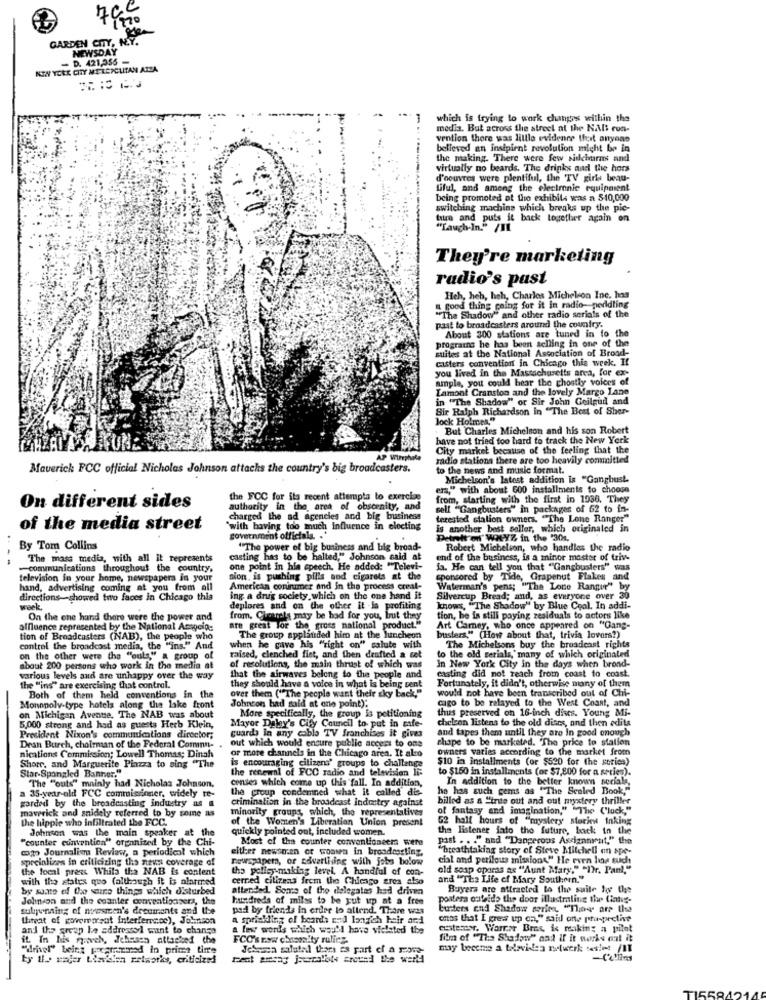
GARDEN CITY, N.Y.
NEWSDAY
- D. 421,356 -
NEW YORK CITY MERCICLITAN ALLA
-
which is trying to work changes within the
media. But across the street at the NAlt ros-
vention there was lillle evidence tfoot anyone
believed an insipient revolution might be in
the making. There were few sideburns and
virtually no beards. The drinks and the hors
d'oeuvres were plentiful, the TV girls beau-
tiful, and among the electronic equipment
being promoted ot the exhibits was a $10,000
switching machins which breaks up the pie-
tuire and puts it back together again on
"Lauch-In." /IL
They're marketing
radio's pust
Heh, heh, heh, Charles Michelson Inc. has
a good thing going for it in radio-perldling
"The Shadow" and other radio serials of the
past to broadcasters around the country.
prograins he has been aching in one of the
About 300 stations are tuned in to the
suites at the National Association of Brood-
casters convention in Chicago this week. If
you lived in the Massachusetts area, for ex-
ample, you could hear the ghostly voices of
Lamont Cranston and the lovely Margo Lane
in "The Shadow" or Sir John Geilgud and
Bir Ralph Richardson in "The Best of Sher-
lock Holmes."
But Charles Michelson and his son Robert
have not fried too hard to track the New York
City market because of the feeling that the
AP Wiephile
radio stations there are too heavily committed
Maverick FCC official Nicholas Johnson attachs the country's big broadcasters.
to the news and music format.
Michelson's latest addition is "Ganghust.
ers," with about 600 installments to choose
the FCC for its recent attempts to exercise
from, starting with the first in 1936. They
On different sides
authority in the area of obscenity, and
self "Gangbusters" in packages of 62 to in-
charged the ad agencies and big business
terested stalion owners. "The Lone Ranger"
of the media street
"with having too much influence in electing
is another best seller, which originaled in
..
government officials. . '
Detrott mi" WHYZ in the '301.
By Tom Collins
"The power of big business and big broad-
Robert Michelion, who handles the radio
--
The mass media, with all it represents
casting has to be halted." Johnson said af
end of the business, is a minor master of triv-
-communications throughout the country,
one point in his speech. He added: "Televi-
Ja. He can tell you that "Gangbusters" was
television in your home, newspapers in your
sion, is pushing pills and cigarets at the
sponsored by Tide, Grapenut Flakes and
hand, advertising coming at you from all
American coninumer and in the process creal-
Waterman's pens; "The Lone Ranger" by
directions-showed two faces in Chicago thia
ing a drug society which on the one hand it
Silvercup Bread; and, as everyone over 30
week,
deplores and on the other it -la profiting
knows, "The Shadow" by Blue Cool. In addi-
On the che hand there were the power and
from. Charela may be had for you, but they
tion, he is still paying residuals to actors like
affluence represented by the National Associa:
are great for the gross national product."
Art Camey, who once appeared on "Gang-
tion of Broadcasters (NAB), the people who
The group applauded him at the luncheon
busters." (How about that, trivia lovers?)
control the broadcast media, the "ins." And
when he gave his "right on" salute with
The Michelsons buy the broadcast rights
on the other were the "outs," a group of
raised, clenched fiet, and then drafted a cet
In New York City in the days when brond-
to the old serials,' many of which originated
about 200 persons who work in the media at
of resolutions, the main thrust of which was
casting did not reach from coast to coast.
various levels and are unhappy over the way
that the airwaves belong to the people and
the "ins" are exercising that control.
they should have a voice in what is being sent
over them ("The people want their sky back,"
Fortunately, it didn't, otherwise many of them
would not have been transcribed out of Chi-
Both of them held conventions in the
cago to be relayed to the West Coast, and
Monopoly-type hotels along the lake front
Johncon had said at one point):
thus preserved on 16-inch discs. Young Mi-
on Michigan Avenue, The NAB was about
More specifically, the group is petitioning
chelcon listens to the old dises, and then edits
5,000 strong and had as guests Herb Klein,
guarda in any cable TV franchises it gives
Mayor Daley's City Council to put in safe-
and tapes them until they are in good enough
President Nixon's communications dicector;
out which would encure public access to one
chape to be marketed. "The price to statien
Dean Burch, choirman of the Federal Comminn-
owners varies according to the market from
nications Commission; Lowell Thomas; Dinah
or more channels in the Chicago area. It also
is encouraging citizens' groups to challenge
$10 in installments (or $520 for the sories)
Shore, and Marguerite Piazza to sing "The
the renewal of FCC radio and television Ii:
to $150 in installinents (or $7,800 for a series).
Star-Spangled Banner."
The "outs" mainly had Nicholas Johnson
conses which come up this fall. In addition,
In addition to the better known serials.
the croup condemned what it called dis
he has such gems as "The Scaled Book,"
a 35-year-old FCC commissioner, widely re-
crimination in the broadcast industry against
billed as a "inte out and out mystery thriller
garded by the broadcasting industry as
maverick and snidely referred to by some as
minority groups, which, the representatives
of fantasy and imagination," "The ('luck,"
the hippie who infiltrated the FCC.
of the Women's Liberation Union present
half hours of "mystery storiew Inking
Johnson was the main speaker at the
quickly pointed out, included women.
the listener jato the future, back in the
"counter cumention" organized by the Chi-
Most of the counter conventioneers were
past . . . " and "Dangerous Assignment," the
cogo Journalism Review, a periodicol which
either newsnan or woown in broadcasting,
"breathtaking story of Steve Mitchell on spe-
specializes in criticizing the news coverage of
newspapers, or adverthing with jobs bolow
cial and perilous missions." He even line such
the local press While tha NAB is content
the policy making level. A handful of con-
old soap oparas as "Aunt Mary." "Dr. Paul."
with the states quo (although it is alarmed
cerred citizens frem the Chicago area also
and "The Life of Mary Southern."
by saate ef do seure things which disturbed
attended. Some of the delegates had driven
Buyers are attracted to the suite love the
Johnson and the coanter conventionsers, the
hundreds of milss to be yut up at a free
posters caleido the door illustrling the Ciatus-
sulpenaing of nvesten's deeumants and the
pad by friends in erder lo attend. There was
busters and Shadow series "They are the
threat of gowemarsat interferoc), Johnson
a sprinkling of boards el lanzich hair ard
chas that I gress up on," said one prospective
and the group ke addressol want to change
a few words which would have vielsted the
estemesr. Warner Bros, is making a pilot
it. In huis myporch, Jehusen attached the
FCC's row chassa!ty ruling.
film of "The Shadow" and if it works ent it
"drivel" being pecaremed in prime time
Jekesea salatal thors es part of a rene-
may become a talevidea retwerk sesiet /II
ty ul. vajer Llavielen zetworks, criticized!
test aresag journalists around the world